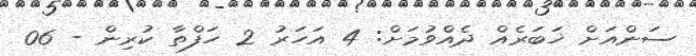
ސަންއަށް ޚަބަރެއް ދެއްވުމަށް: 4 އަހަރު 2 ހަފްތާ ކުރިން - 06